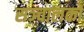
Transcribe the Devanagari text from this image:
सञ्चालकों